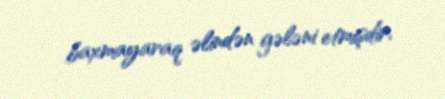
baxmayaraq əlindən gələni etmişdir.